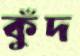
কুঁদ